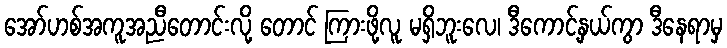
အော်ဟစ်အကူအညီတောင်းလို့ တောင် ကြားဖို့လူ မရှိဘူးလေ၊ ဒီကောင့်နှယ်ကွာ ဒီနေရာမှ